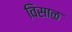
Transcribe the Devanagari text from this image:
विसाळ